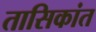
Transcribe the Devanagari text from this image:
तासिकांत